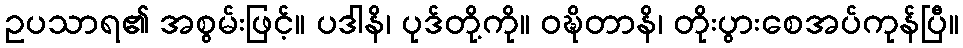
ဥပသာရ၏ အစွမ်းဖြင့်။ ပဒါနိ၊ ပုဒ်တို့ကို။ ဝဍ္ဎိတာနိ၊ တိုးပွားစေအပ်ကုန်ပြီ။